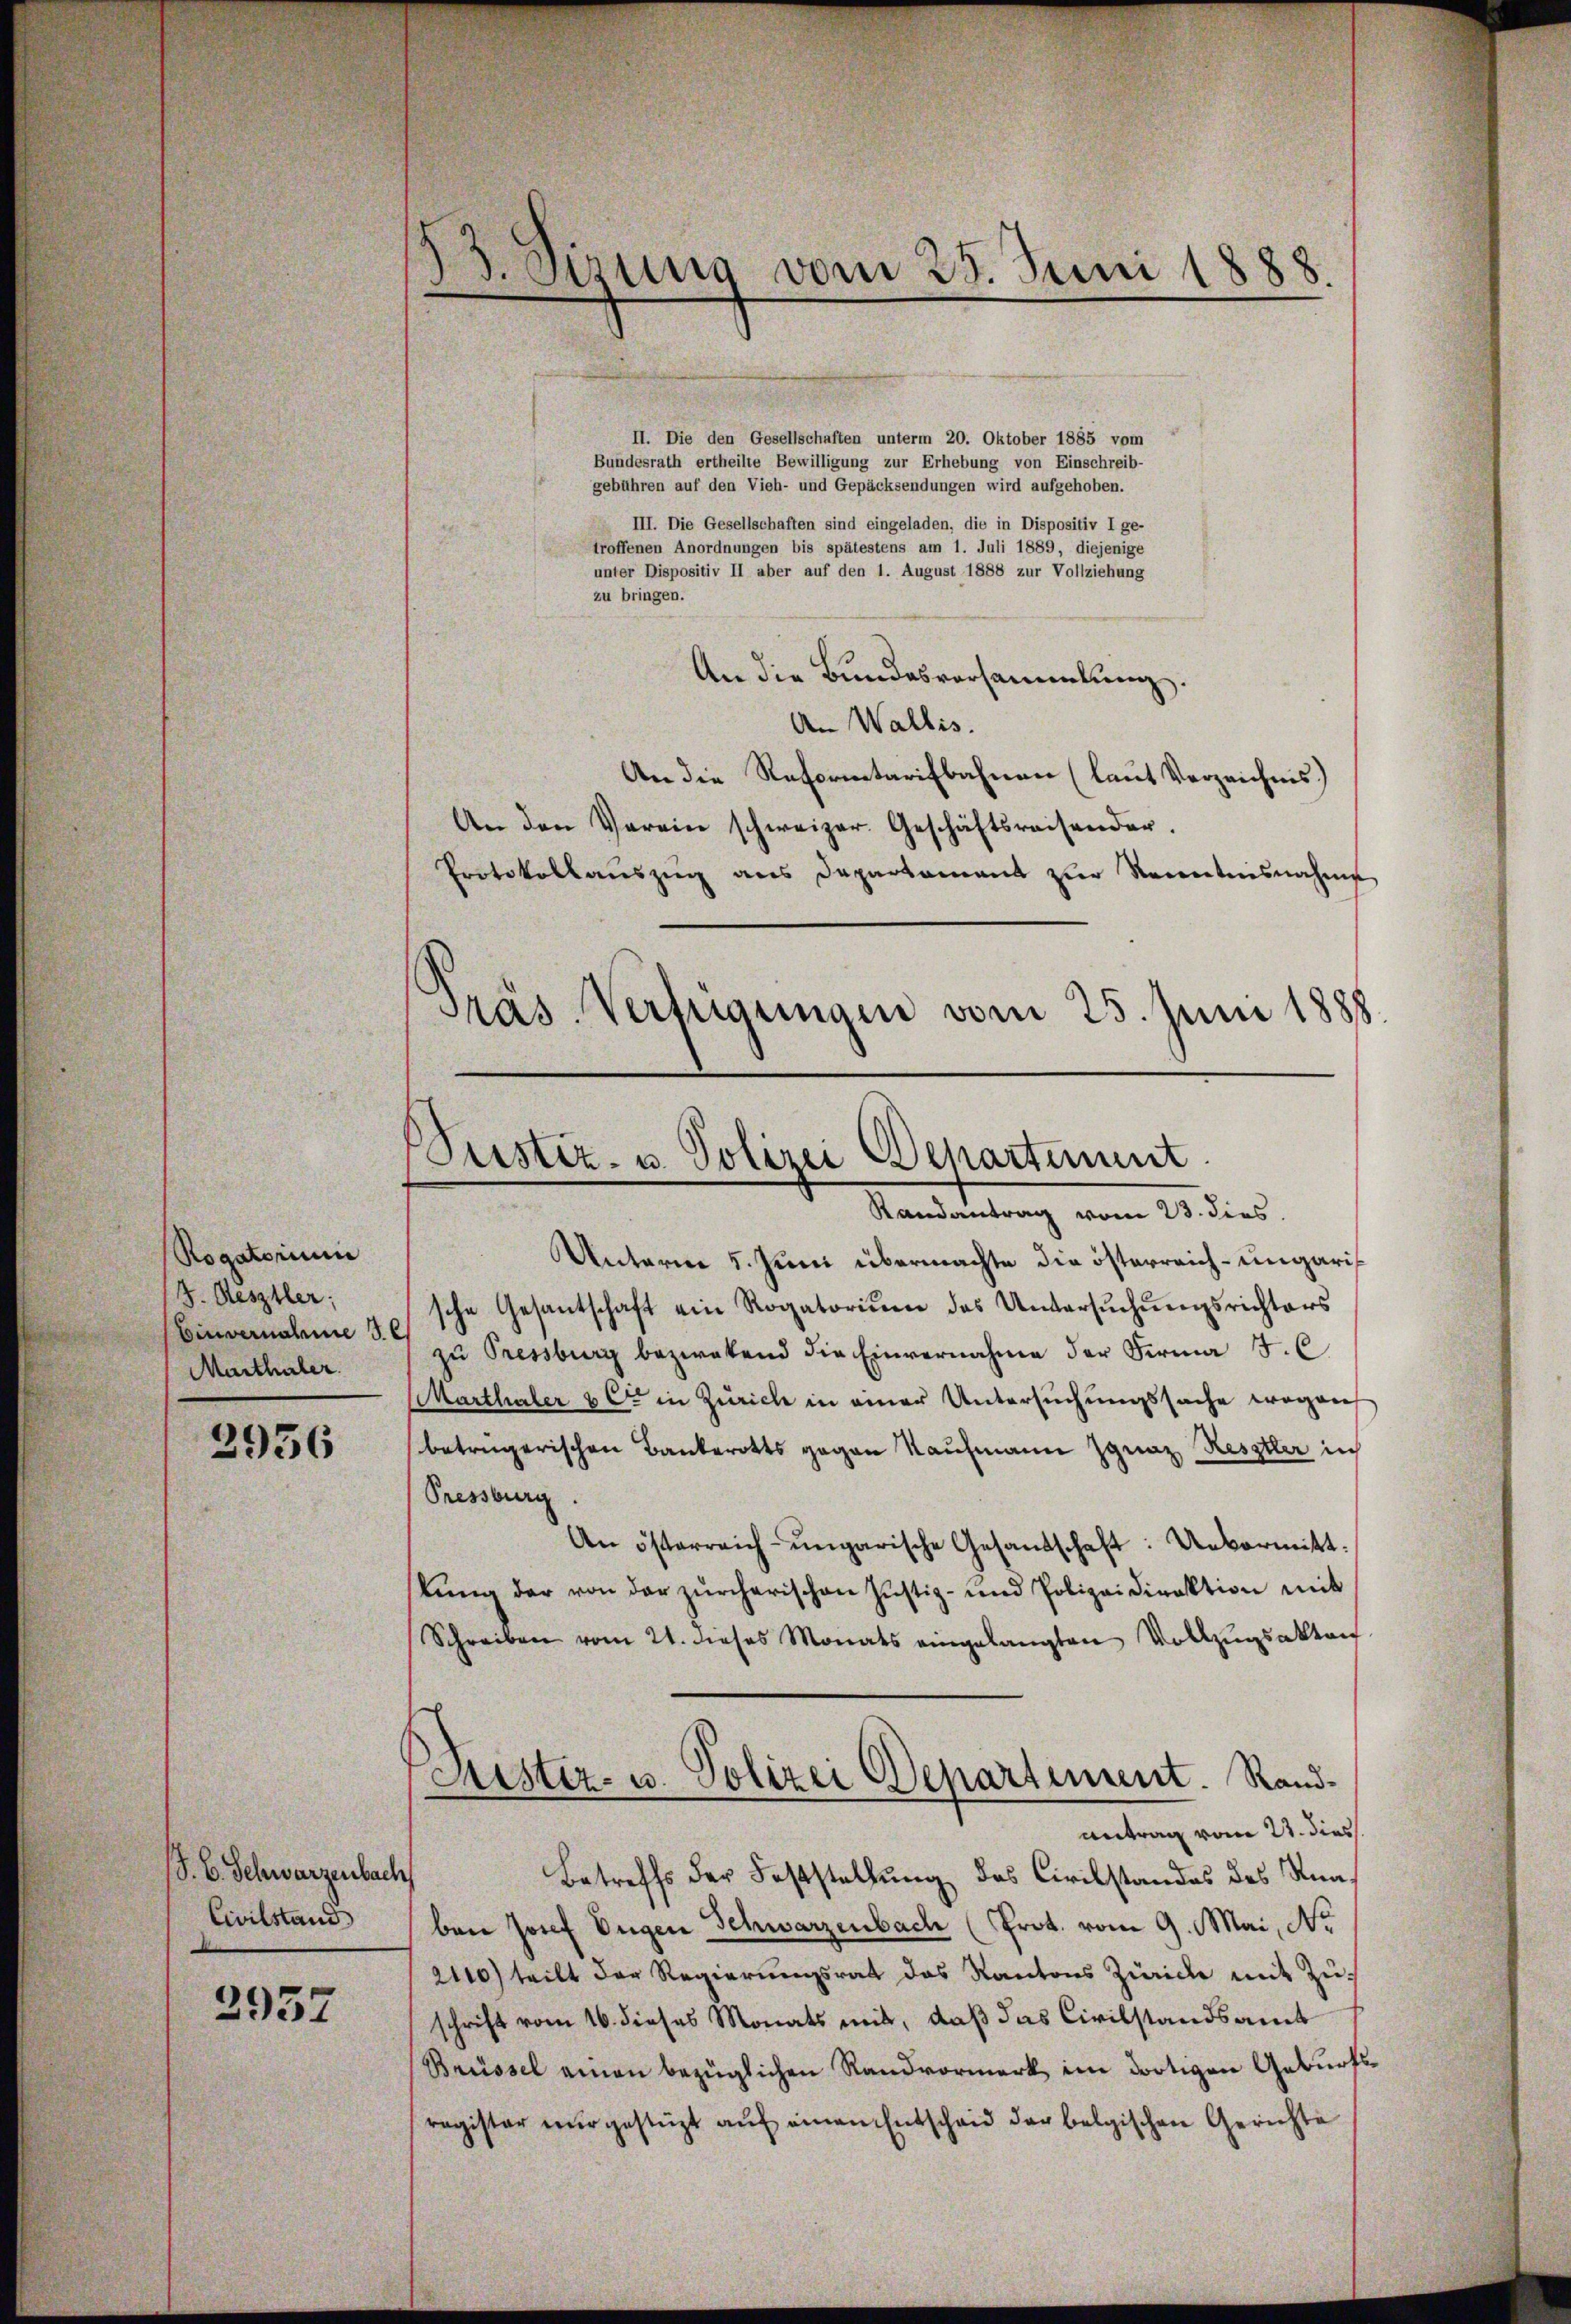
Rogatorium
J. Aesztler;
Einvernahme de
Marthaler.

2956

S. B. Schwarzenbach
Civilstand
2937

3. Gesung
vom 25. Juni 1888
.

II. Die den Gesellschaften unterm 20. Oktober 1885 vom
Bundesrath ertheilte Bewilligung zur Erhebung von Einschreib-
gebühren auf den Vieh- und Gepäcksendungen wird aufgehoben.
III. Die Gesellschaften sind eingeladen, die in Dispositiv I ge-
troffenen Anordnungen bis spätestens am 1. Juli 1889, diejenige
unter Dispositiv II aber auf den 1. August 1888 zur Vollziehung
zu bringen.
An die Bundesversammlung.
An Wallis.
An die Reformtarifbahnen (laut Verzeichnis)
An den Verein schweizer. Geschäftsreisender.
Protokollaŭszŭg ans Departament zŭr Renntnisnahme
Präs. Verfügungen vom 25. Juni 1888

Justiz- u. Polizei Departiment.
Randantrag vom 23. dies

Unterm 5. Juni übermachte die österreich-ungaris
sche Gesantschaft ein Rogatoriŭm des Untersŭchŭngsrichters
zŭ Pressburg bezwekend die Einvernahme der Firma J. C
Marthaler & Cie in Zürich in einer Untersuchungssache wegen
betrügerischen Bankerotts gegen Kaufmann Ignaz Kestler in
Pressburg.
An österreich-ungarische Gesandschaft: Uebermitt
lŭng der von der zürcherischen Justiz- und Polizeidirektion mit
Schreiben vom 21. dieses Monats eingelangten Vollzŭgsakten
Kister- u. Polizei Departement. Randantrag vom 21. dies
Betreffs der Feststellung des Civilstandes des Stunben Josef Engen Schwarzenbach (Prot. vom 9. Mai, No
2110) teilt der Regierungsrat das Kantons Zürich mit Zuschrift vom 16. dieses Monats mit, daß das Civilstandsamt
Brüssel einen bezüglichen Randvormerk im dortigen Geburtsragister nur gestüzt auf einen Entscheid der belgischen Gerichte